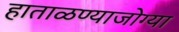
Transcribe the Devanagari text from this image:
हाताळण्याजोग्या